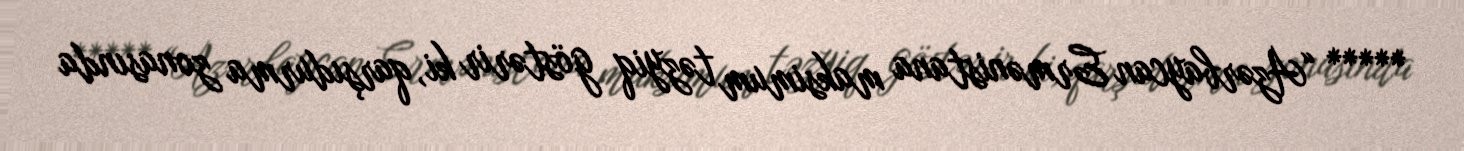
***** “Azərbaycan Ermənistana maksimum təzyiq göstərir ki, qarşıdurma zonasında